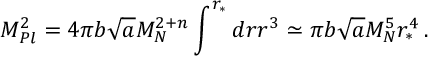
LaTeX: M _ { P l } ^ { 2 } = 4 \pi b \sqrt { a } M _ { N } ^ { 2 + n } \int ^ { r _ { * } } d r r ^ { 3 } \simeq \pi b \sqrt { a } M _ { N } ^ { 5 } r _ { * } ^ { 4 } \, .